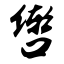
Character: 辔